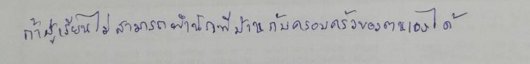
ถ้าผู้เรียนไม่สามารถพำนักที่บ้านกับครอบครัวของตนเองได้